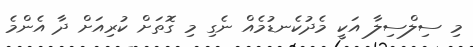
މި ސިލްސިލާ އަކީ މެދުކެނޑުމެއް ނެގި މި ގޮތަށް ކުރިއަށް ދާ އެންމެ